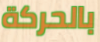
بالحركة